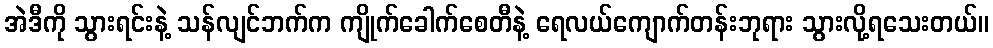
အဲဒီကို သွားရင်းနဲ့ သန်လျင်ဘက်က ကျိုက်ခေါက်စေတီနဲ့ ရေလယ်ကျောက်တန်းဘုရား သွားလို့ရသေးတယ်။